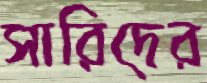
সারিদের